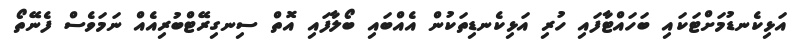
އަޅިކެނޑުމަށްޓަކައި ބަހައްޓާފައި ހުރި އަޅިކެނޑިތަކުން އެއްބައި ބޯލާފައި އޮތް ސިނގިރޭޓްބުރިއެއް ނަމަވެސް ފެނޭތޯ